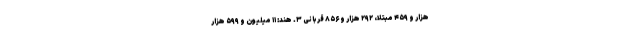
هزار و ۴۵۹ مبتلا، ۲۹۲ هزار و ۸۵۶ قربانی ۳. هند: ۱۱ میلیون و ۵۹۹ هزار